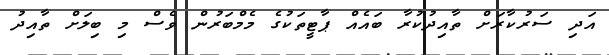
އަދި ސަރުކާރަށް ތާއިދުކުރާ ބައެއް ޕާޓީތަކުގެ މެމްބަރުން ވެސް މި ބިލަށް ތާއިދު